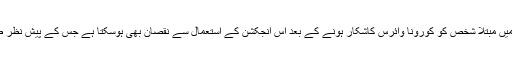
زیادہ عمر اور پہلے سے کسی نہ کسی بیماری میں مبتلا شخص کو کورونا وائرس کاشکار ہونے کے بعد اس انجکشن کے استعمال سے نقصان بھی ہوسکتا ہے جس کے پیش نظر طبی ماہرین کا گروپ مکمل ریسرچ کر رہا ہے۔